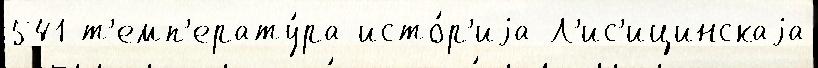
541 т'емп'ерату́ра исто́р'иjа Л'ис'ицинскаjа